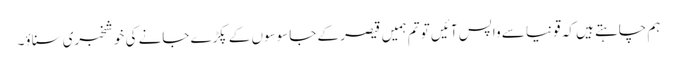
ہم چاہتے ہیں کہ قونیا سے واپس آئیں تو تم ہمیں قیصر کے جاسوسوں کے پکڑے جانے کی خوشخبری سناؤ۔